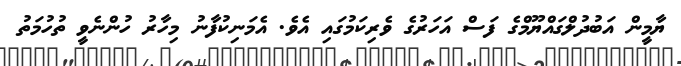
ޔާމީން އަބުދުލްގައްޔޫމްގެ ފަސް އަހަރުގެ ވެރިކަމުގައި އެވެ. އެމަނިކުފާނު މިހާރު ހުންނެވީ ތުހުމަތު